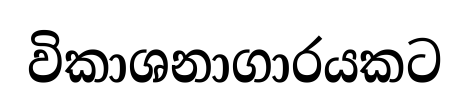
විකාශනාගාරයකට